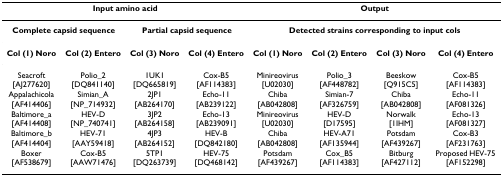
<table><thead><tr><td colspan="4"><b>Input amino acid</b></td><td colspan="4"><b>Output</b></td></tr></thead><tbody><tr><td colspan="2"><b>Complete capsid sequence</b></td><td colspan="2"><b>Partial capsid sequence</b></td><td colspan="4"><b>Detected strains corresponding to input cols</b></td></tr><tr><td><b>Col (1) Noro</b></td><td><b>Col (2) Entero</b></td><td><b>Col (3) Noro</b></td><td><b>Col (4) Entero</b></td><td><b>Col (1) Noro</b></td><td><b>Col (2) Entero</b></td><td><b>Col (3) Noro</b></td><td><b>Col (4) Entero</b></td></tr><tr><td>Seacroft [AJ277620]</td><td>Polio_2 [DQ841140]</td><td>1UK1 [DQ665819]</td><td>Cox-B5 [AF114383]</td><td>Minireovirus [U02030]</td><td>Polio_3 [AF448782]</td><td>Beeskow [Q915C5]</td><td>Cox-B5 [AF114383]</td></tr><tr><td>Appalachicola [AF414406]</td><td>Simian_A [NP_714932]</td><td>2JP1 [AB264170]</td><td>Echo-11 [AB239122]</td><td>Chiba [AB042808]</td><td>Simian-7 [AF326759]</td><td>Chiba [AB042808]</td><td>Echo-11 [AF081326]</td></tr><tr><td>Baltimore_a [AF414408]</td><td>HEV-D [NP_740741]</td><td>3JP2 [AB264158]</td><td>Echo-13 [AB239091]</td><td>Minireovirus [U02030]</td><td>HEV-D [D17595]</td><td>Norwalk [1IHM]</td><td>Echo-13 [AF081327]</td></tr><tr><td>Baltimore_b [AF414404]</td><td>HEV-71 [AAY59418]</td><td>4JP3 [AB264152]</td><td>HEV-B [DQ842180]</td><td>Chiba [AB042808]</td><td>HEV-A71 [AF135944]</td><td>Potsdam [AF439267]</td><td>Cox-B3 [AF231763]</td></tr><tr><td>Boxer [AF538679]</td><td>Cox-B5 [AAW71476]</td><td>5TP1 [DQ263739]</td><td>HEV-75 [DQ468142]</td><td>Potsdam [AF439267]</td><td>Cox_B5 [AF114383]</td><td>Bitburg [AF427112]</td><td>Proposed HEV-75 [AF152298]</td></tr></tbody></table>